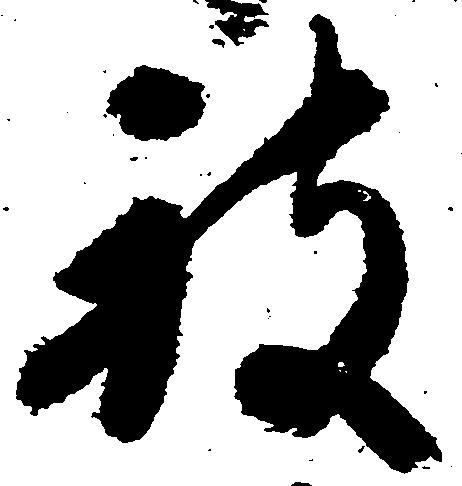
被